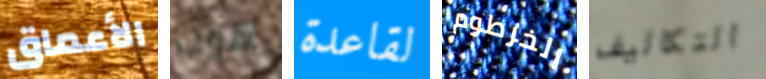
الأعماق هوب لقاعدة الخرطوم التكاليف